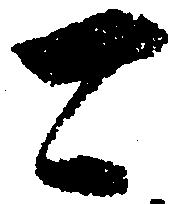
可